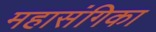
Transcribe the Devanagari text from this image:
महासंगिका